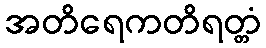
အတိရေကတိရတ္တံ